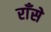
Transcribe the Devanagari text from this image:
राँसे